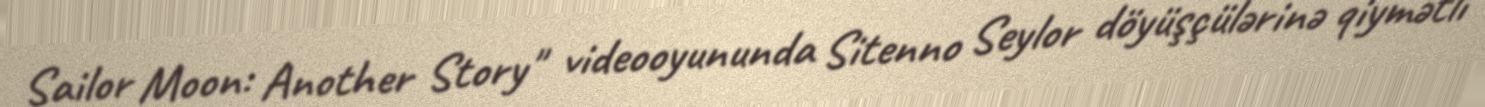
Sailor Moon: Another Story" videooyununda Sitenno Seylor döyüşçülərinə qiymətli